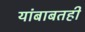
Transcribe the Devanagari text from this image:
यांबाबतही